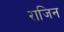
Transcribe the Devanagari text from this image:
राजिन